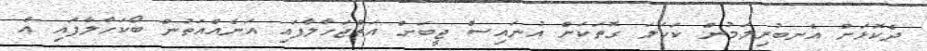
ދެކޮޅަށް އެނބުރިލަމުން ކަހަލަ ގޮތަކަށް އުނައިސް ޖީބަށް އަތްޖަހާލާފައި އަނެއްއަތުން ބޯކަހާލާފައި އެ